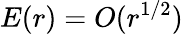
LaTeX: E(r)=O(r^{1/2})